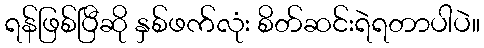
ရန်ဖြစ်ပြီဆို နှစ်ဖက်လုံး စိတ်ဆင်းရဲရတာပါပဲ။